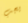
يجب